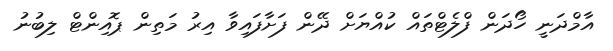
އާމްދަނީ ހޯދަން ފްލެޓްތައް ކުއްޔަށް ދޭން ފަށާފައިވާ އިރު މަތިން ޕޮއިންޓް ލިބުނު